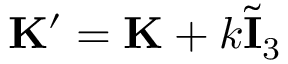
\begin{array} { r } { \mathbf { K } ^ { \prime } = \mathbf { K } + k \tilde { \mathbf { I } } _ { 3 } } \end{array}